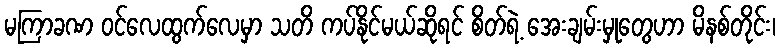
မကြာခဏ ဝင်လေထွက်လေမှာ သတိ ကပ်နိုင်မယ်ဆိုရင် စိတ်ရဲ့ အေးချမ်းမှုတွေဟာ မိနစ်တိုင်း၊